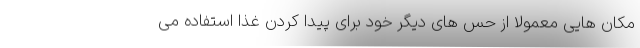
مکان هایی معمولاً از حس های دیگر خود برای پیدا کردن غذا استفاده می